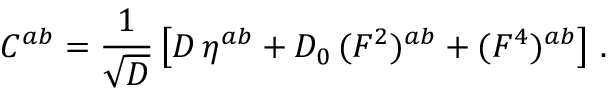
C ^ { a b } = { \frac { 1 } { \sqrt { \cal D } } } \left[ { \cal D } \, \eta ^ { a b } + { \cal D } _ { 0 } \, ( { \cal F } ^ { 2 } ) ^ { a b } + ( { \cal F } ^ { 4 } ) ^ { a b } \right] \, .